Annual report of the Central Committee of the Association together with the report of the directors of the Pasteur Institute at Kasauli
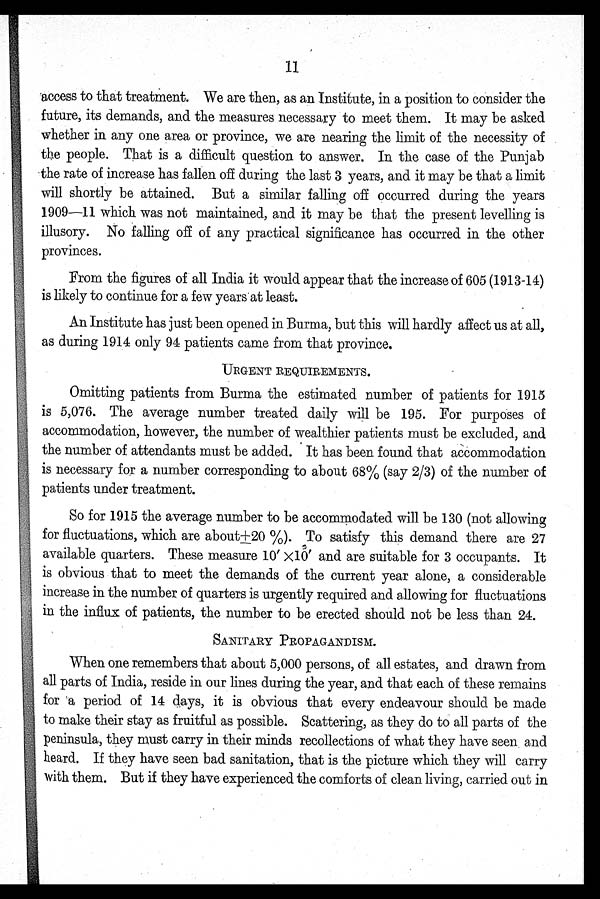
11
access to that treatment. We are then, as an Institute, in a position to consider the
future, its demands, and the measures necessary to meet them. It may be asked
whether in any one area or province, we are nearing the limit of the necessity of
the people. That is a difficult question to answer. In the case of the Punjab
the rate of increase has fallen off during the last 3 years, and it may be that a limit
will shortly be attained. But a similar falling off occurred during the years
1909–11 which was not maintained, and it may be that the present levelling is
illusory. No falling off of any practical significance has occurred in the other
provinces.
From the figures of all India it would appear that the increase of 605 (1913–14)
is likely to continue for a few years at least.
An Institute has just been opened in Burma, but this will hardly affect us at all,
as during 1914 only 94 patients came from that province.
URGENT REQUIREMENTS.
Omitting patients from Burma the estimated number of patients for 1915
is 5,076. The average number treated daily will be 195. For purposes of
accommodation, however, the number of wealthier patients must be excluded, and
the number of attendants must be added. It has been found that accommodation
is necessary for a number corresponding to about 68% (say 2/3) of the number of
patients under treatment.
So for 1915 the average number to be accommodated will be 130 (not allowing
for fluctuations, which are about±20 %). To satisfy this demand there are 27
available quarters. These measure 10' x10' and are suitable for 3 occupants. It
is obvious that to meet the demands of the current year alone, a considerable
increase in the number of quarters is urgently required and allowing for fluctuations
in the influx of patients, the number to be erected should not be less than 24.
SANITARY PROPAGANDISM.
When one remembers that about 5,000 persons, of all estates, and drawn from
all parts of India, reside in our lines during the year, and that each of these remains
for a period of 14 days, it is obvious that every endeavour should be made
to make their stay as fruitful as possible. Scattering, as they do to all parts of the
peninsula, they must carry in their minds recollections of what they have seen and
heard. If they have seen bad sanitation, that is the picture which they will carry
with them. But if they have experienced the comforts of clean living, carried out in